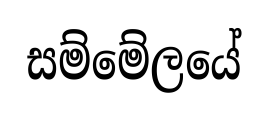
සම්මේලයේ